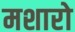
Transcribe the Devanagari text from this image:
मशारो